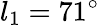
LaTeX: l_{1}=71^{\circ}